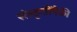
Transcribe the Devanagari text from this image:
संस्कृतींपैकी